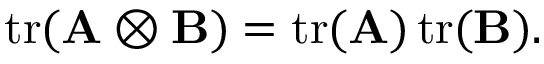
\operatorname { t r } ( \mathbf { A } \otimes \mathbf { B } ) = \operatorname { t r } ( \mathbf { A } ) \operatorname { t r } ( \mathbf { B } ) .